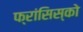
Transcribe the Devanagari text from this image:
फ्रांसिस्‍को